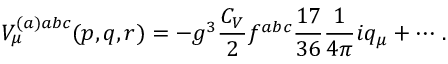
V _ { \mu } ^ { ( a ) a b c } ( p , q , r ) = - g ^ { 3 } \frac { C _ { V } } 2 f ^ { a b c } \frac { 1 7 } { 3 6 } \frac 1 { 4 \pi } i q _ { \mu } + \cdots \, .